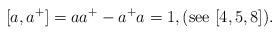
LaTeX: \begin{align*}[a,a^{+}]=aa^{+}-a^{+}a=1,(\mathrm{see}\ [4,5,8]).\end{align*}